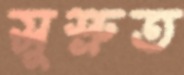
সুশ্রুত